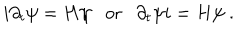
i \partial _ { t } \psi = H \psi \mathrm { o r } \partial _ { t } \psi i = H \psi ~ .